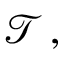
{ \mathcal { T } } \, ,